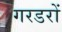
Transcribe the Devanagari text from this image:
गरडरों